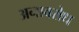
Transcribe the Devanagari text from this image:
अनावरोध